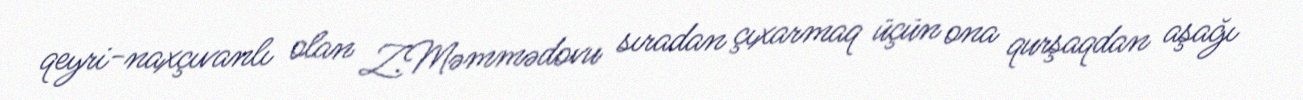
qeyri-naxçıvanlı olan Z.Məmmədovu sıradan çıxarmaq üçün ona qurşaqdan aşağı